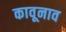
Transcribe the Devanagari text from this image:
कावूनाव